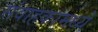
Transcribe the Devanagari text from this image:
संवाहकामध्ये